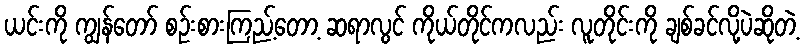
ယင်းကို ကျွန်တော် စဉ်းစားကြည့်တော့ ဆရာလွင် ကိုယ်တိုင်ကလည်း လူတိုင်းကို ချစ်ခင်လို့ပဲဆိုတဲ့